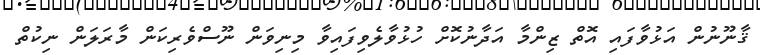
ޤާނޫނުން އަޅުވާފައި އޮތް ޒިންމާ އަދާނުކޮށް ހުޅުވާލެވިފައިވާ މިނިވަން ނޫސްވެރިކަން މާރަލަން ނިކުތް